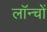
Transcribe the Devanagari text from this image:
लॉन्चों